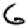
Digit: 6